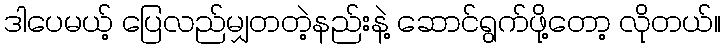
ဒါပေမယ့် ပြေလည်မျှတတဲ့နည်းနဲ့ ဆောင်ရွက်ဖို့တော့ လိုတယ်။